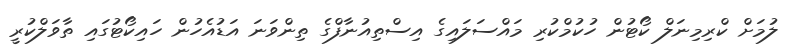
ލުމަށް ކްރިމިނަލް ކޯޓުން ހުކުމްކުރި މައްސަލައިގެ އިސްތިއުނާފްގެ ތިންވަނަ އަޑުއެހުން ހައިކޯޓުގައި ތާވަލްކުރީ